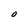
Character: O